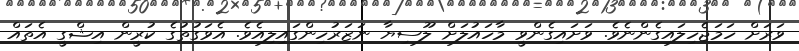
ވަރަށް ހަމަޖެހިލައިގެންނެވެ. ވަށައިގެންވީ މާހައުލަށް ލޫސިޔާ ނަޒަރުހިންގައިލިއެވެ. އެވަގުތުގެ ކުރީން އިޝްގީ އެތައް